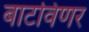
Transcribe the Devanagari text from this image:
बाटविणर